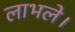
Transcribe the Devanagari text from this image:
लाभले।